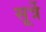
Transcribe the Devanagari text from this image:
सूर्त्रे